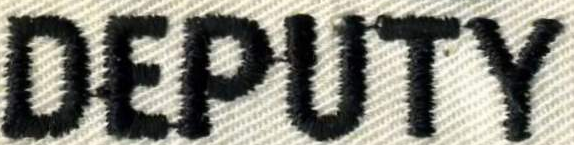
DEPUTY